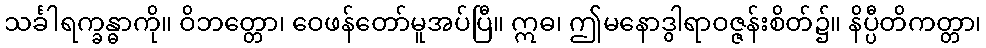
သင်္ခါရက္ခန္ဓာကို။ ဝိဘတ္တော၊ ဝေဖန်တော်မူအပ်ပြီ။ ဣဓ၊ ဤမနောဒွါရာဝဇ္ဇန်းစိတ်၌။ နိပ္ပီတိကတ္တာ၊